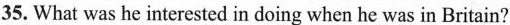
35. What was he interested in doing when he was in Britain?